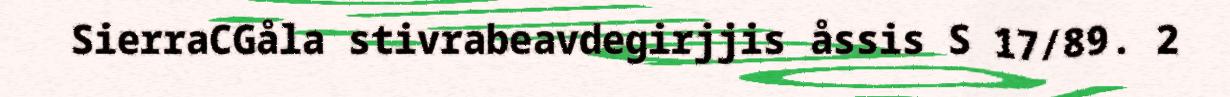
SierraCGåla stivrabeavdegirjjis åssis S 17/89. 2